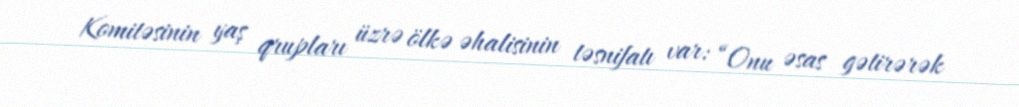
Komitəsinin yaş qrupları üzrə ölkə əhalisinin təsnifatı var: “Onu əsas gətirərək